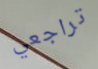
تراجعي